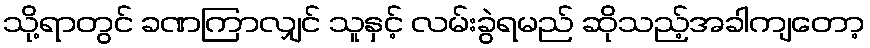
သို့ရာတွင် ခဏကြာလျှင် သူနှင့် လမ်းခွဲရမည် ဆိုသည့်အခါကျတော့